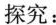
探究：